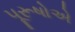
પૂરૂષોએ